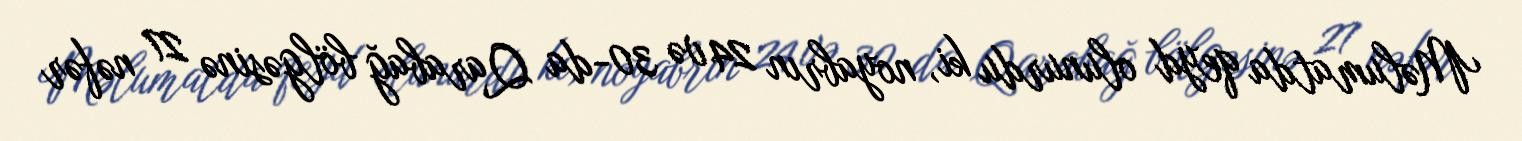
Məlumatda qeyd olunurdu ki, noyabrın 24 və 30-da Qarabağ bölgəsinə 27 nəfər